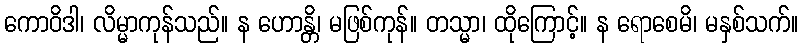
ကောဝိဒါ၊ လိမ္မာကုန်သည်။ န ဟောန္တိ၊ မဖြစ်ကုန်။ တသ္မာ၊ ထိုကြောင့်။ န ရောစေမိ၊ မနှစ်သက်။